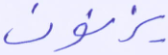
يزنون